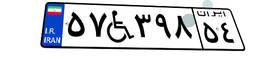
۵۷W۳۹۸۵۴